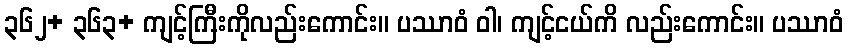
၃၆၂+ ၃၆၃+ ကျင့်ကြီးကိုလည်းကောင်း။ ပဿာဝံ ဝါ၊ ကျင့်ငယ်ကိ လည်းကောင်း။ ပဿာဝံ